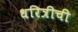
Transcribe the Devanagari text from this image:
धरित्रीची